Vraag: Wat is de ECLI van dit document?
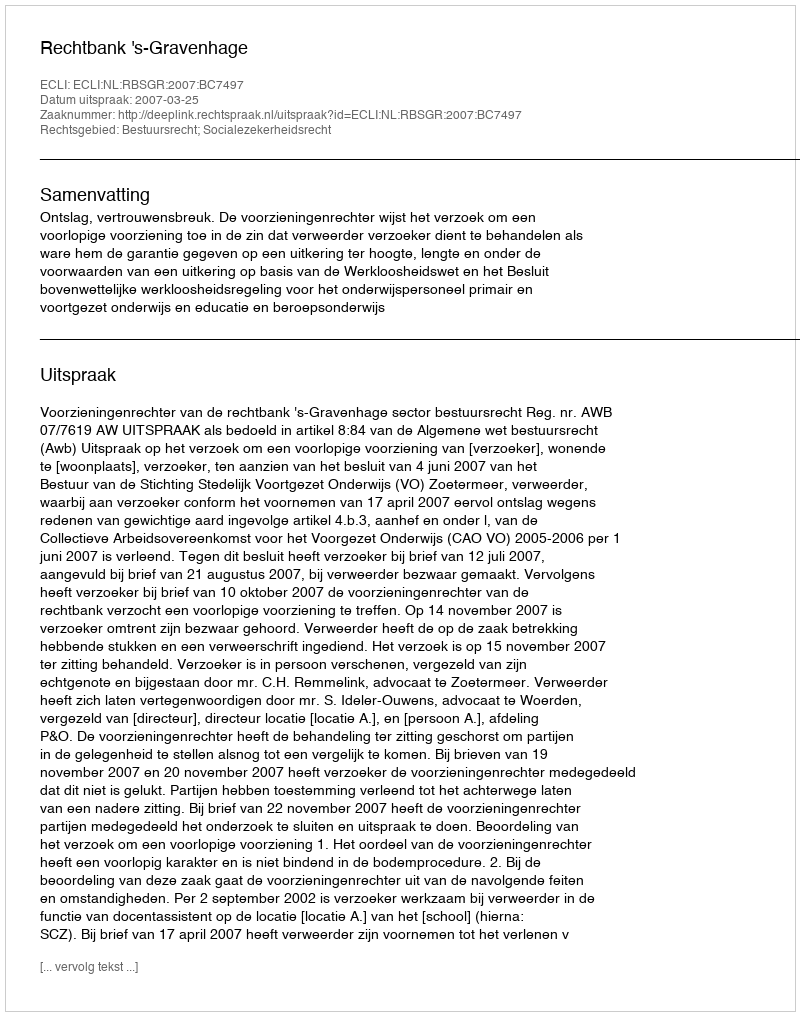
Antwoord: ECLI:NL:RBSGR:2007:BC7497